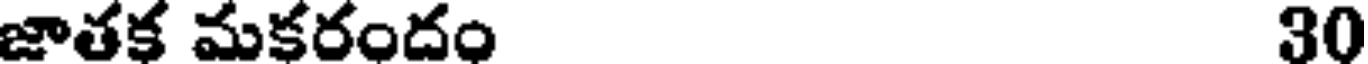
జాతక మకరందం 30